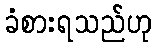
ခံစားရသည်ဟု